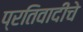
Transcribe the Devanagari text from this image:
प्रतिवादींचे